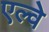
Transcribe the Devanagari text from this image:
एल्वे